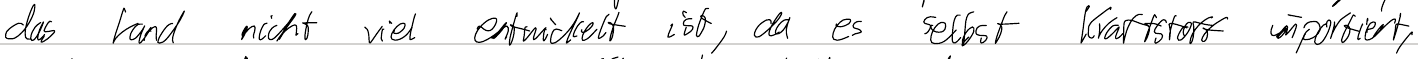
das Land nicht viel entwickelt ist, da es selbst Kraftstoff importiert,